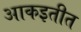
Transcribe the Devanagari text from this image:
आकइतीत